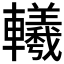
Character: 𨏢